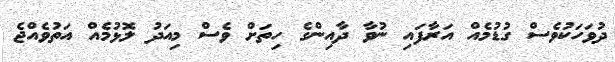
ދުވަހަކުވެސް ގުޑުމެއް އަރާފައި ނުވާ ދާއިންގެ ހިތަށް ވެސް މިއަދު ލޮޅުމެއް އަތުވެއްޖެ